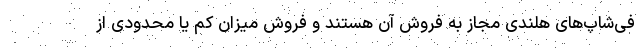
فی‌شاپ‌های هلندی مجاز به فروش آن هستند و فروش میزان کم یا محدودی از